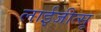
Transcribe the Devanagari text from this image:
लाईजीत्सू